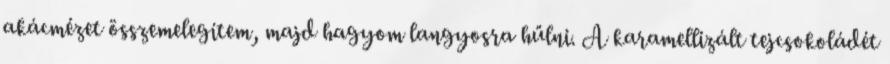
akácmézet összemelegítem, majd hagyom langyosra hűlni. A karamellizált tejcsokoládét